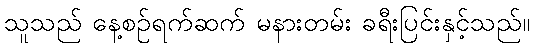
သူသည် နေ့စဉ်ရက်ဆက် မနားတမ်း ခရီးပြင်းနှင့်သည်။